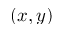
( x , y )